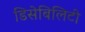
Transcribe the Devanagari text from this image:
डिसेबिलिटी